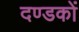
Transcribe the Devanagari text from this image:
दण्डकों